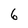
Character: 6